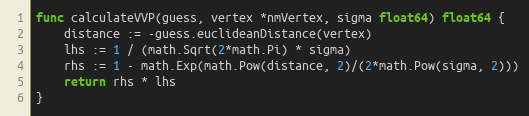
Language: Go
func calculateVVP(guess, vertex *nmVertex, sigma float64) float64 {
	distance := -guess.euclideanDistance(vertex)
	lhs := 1 / (math.Sqrt(2*math.Pi) * sigma)
	rhs := 1 - math.Exp(math.Pow(distance, 2)/(2*math.Pow(sigma, 2)))
	return rhs * lhs
}